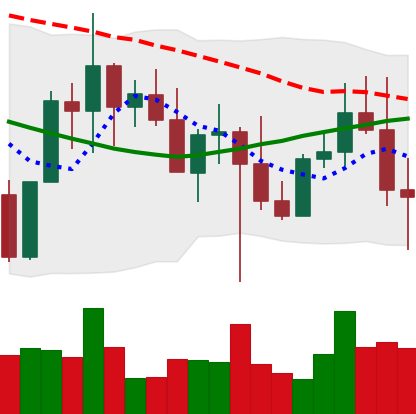
Ticker: XMR-USD
Chart end date: 2022-10-21
Forward return: 4.343%
Label: up_3_5